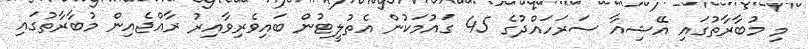
މި މުބާރާތުގައި އޭޝިއާ ސަރަހައްދުގެ 45 ގައުމަކުން އެތުލީޓުން ބައިވެރިވާއިރު ރާއްޖެއިން މުބާރާތުގައި